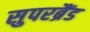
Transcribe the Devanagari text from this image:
सुपरब्रैंड